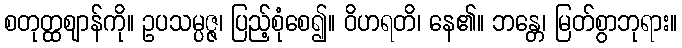
စတုတ္ထဈာန်ကို။ ဥပသမ္ပဇ္ဇ၊ ပြည့်စုံစေ၍။ ဝိဟရတိ၊ နေ၏။ ဘန္တေ၊ မြတ်စွာဘုရား။